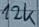
Text: 12K